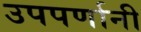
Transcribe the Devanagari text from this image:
उपपर्णानी